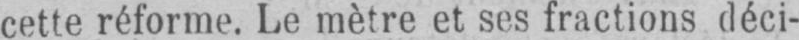
cette réforme. Le mètre et ses fractions déci-